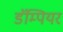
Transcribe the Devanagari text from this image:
डॅम्पियर